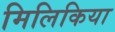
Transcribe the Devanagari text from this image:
मिलिकिया